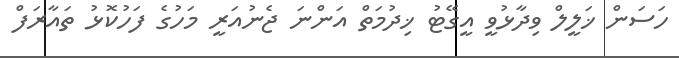
ހަސަން ޚަލީލް ވިދާޅުވީ އީގޭޓު ޚިދުމަތް އަންނަ ޖެނުއަރީ މަހުގެ ފަހުކޮޅު ތައާރަފް